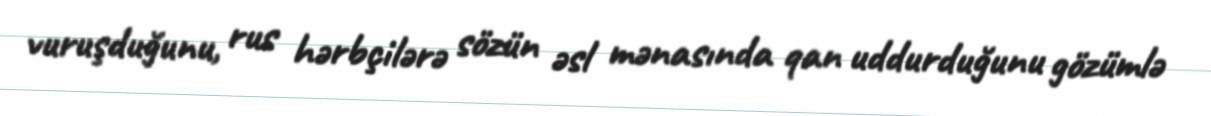
vuruşduğunu, rus hərbçilərə sözün əsl mənasında qan uddurduğunu gözümlə